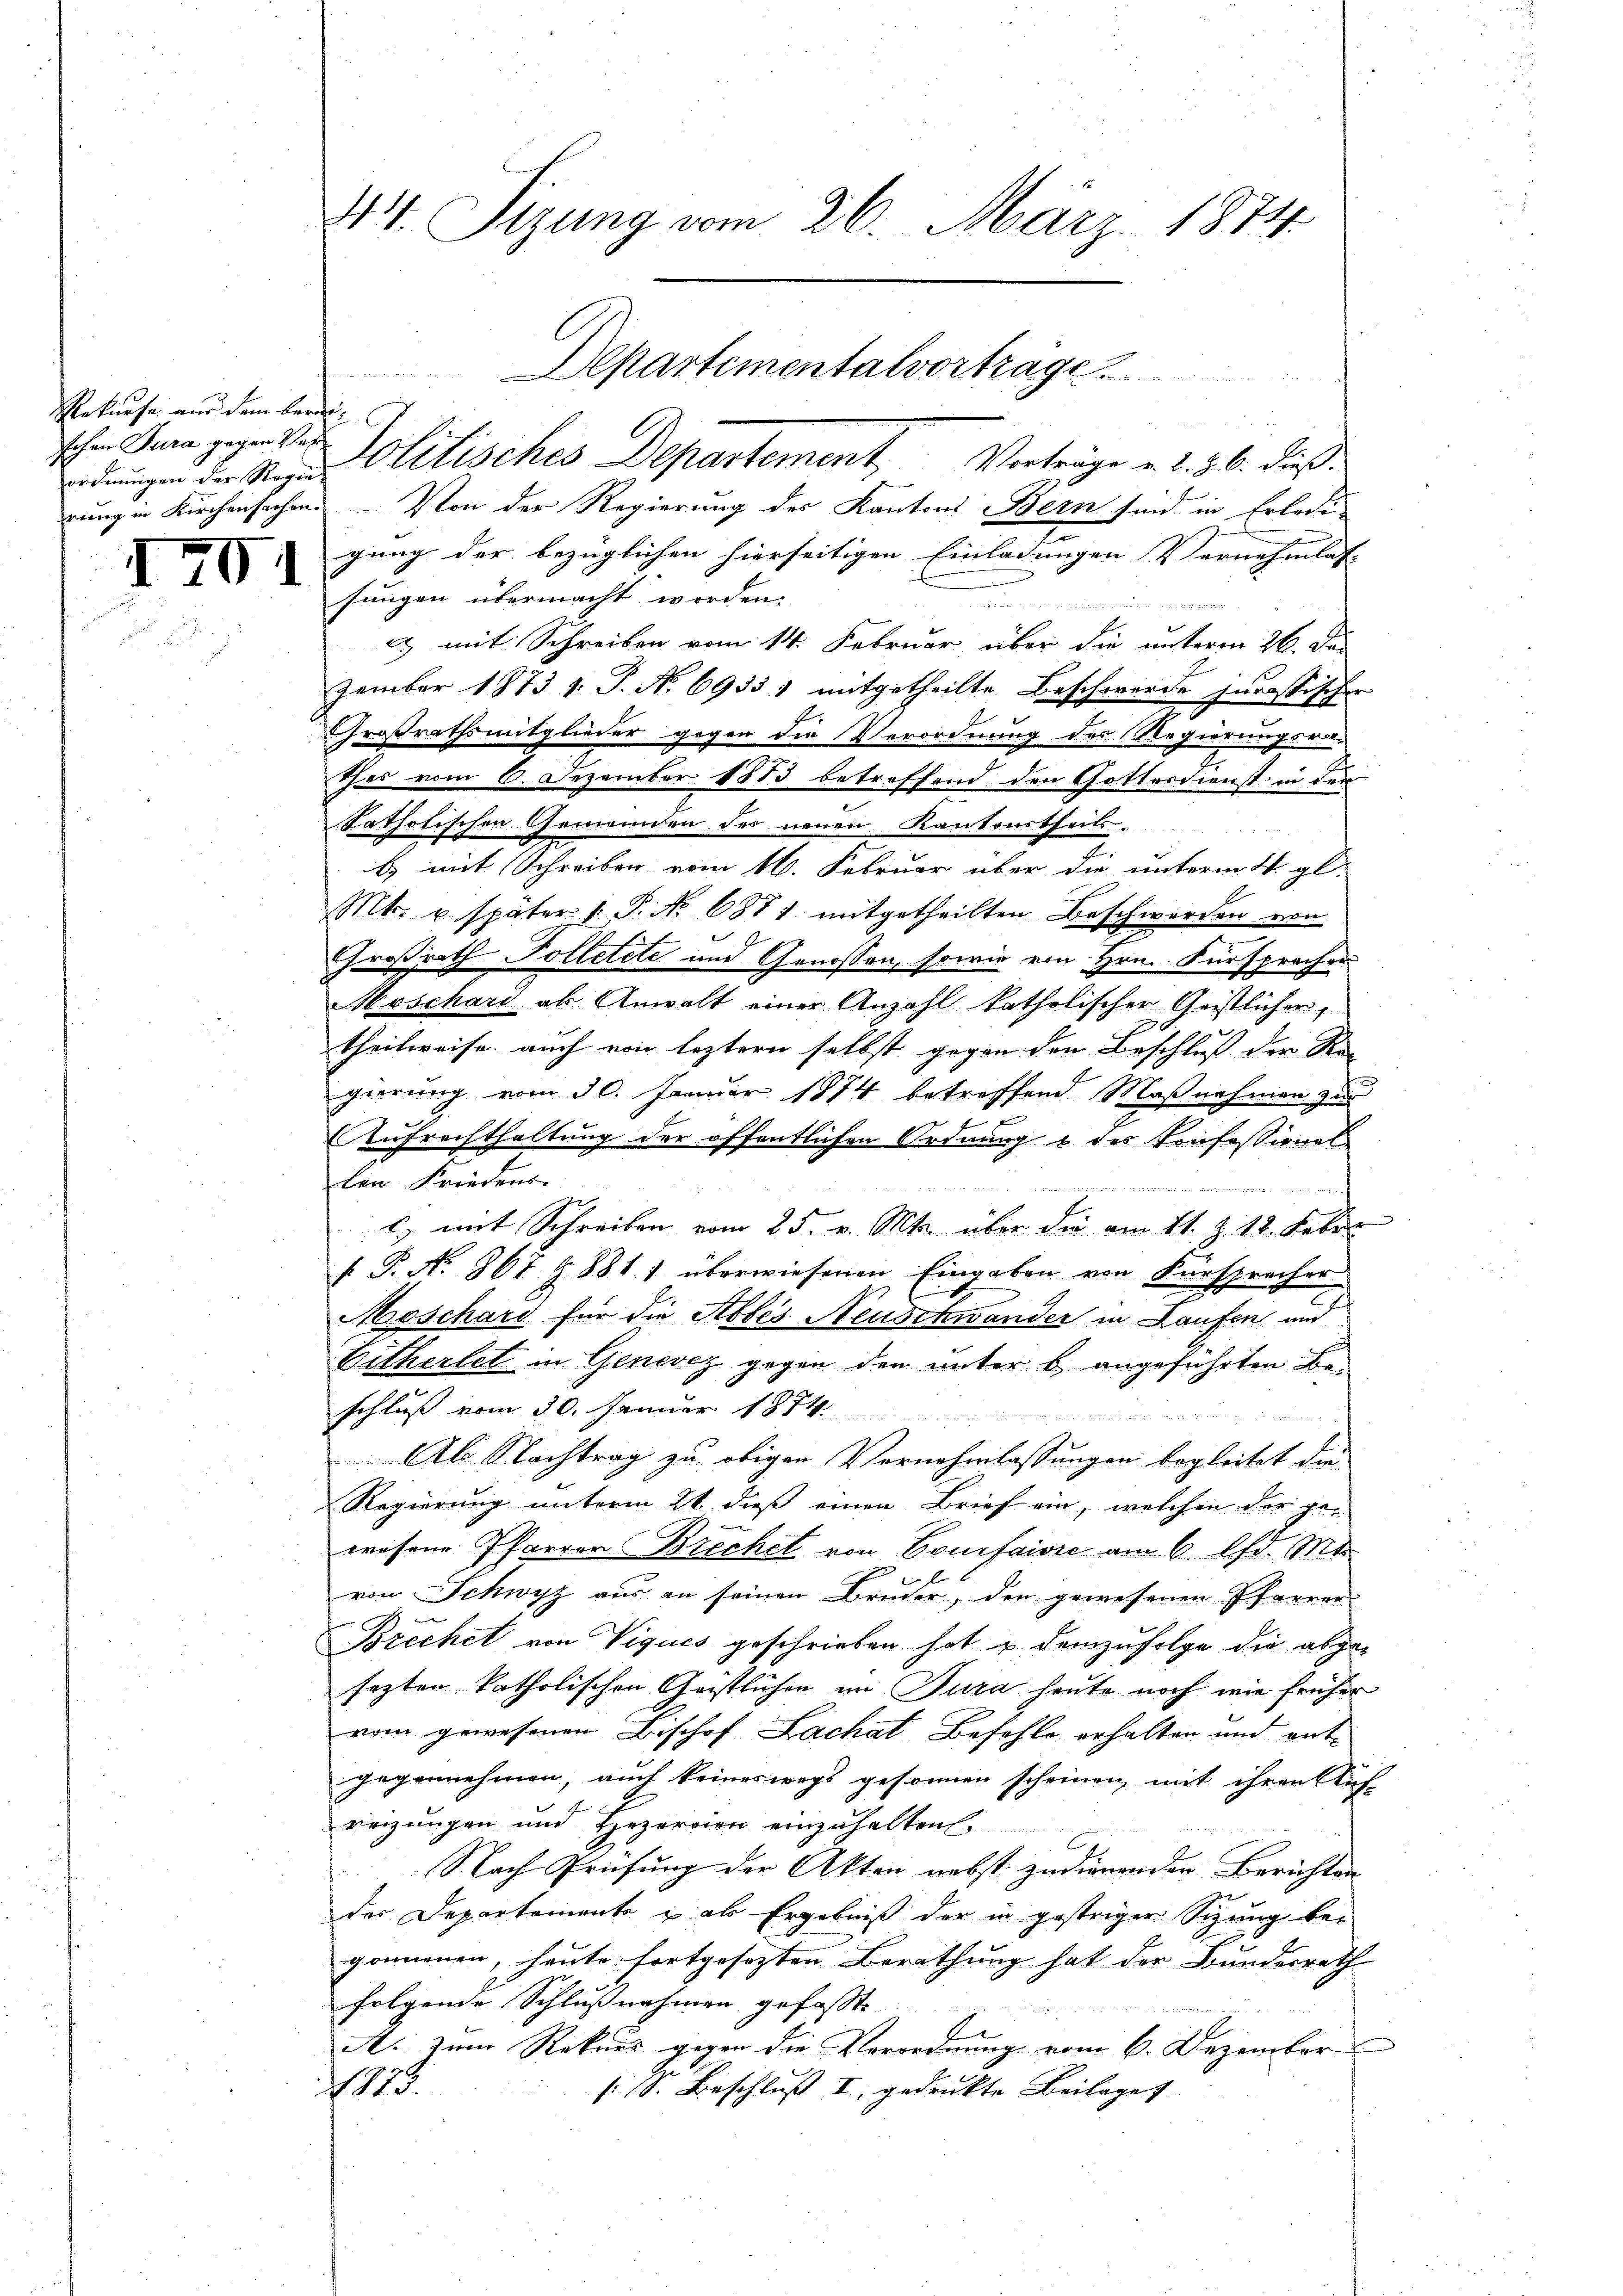
Rekurse aus dem berei¬
Johen Pura gegen Verordnungen der Regie-

1

14. Tizung vom 26. März 1874.

Politisches Departement, Verträge u. 2. 30. dieß
rung in Kirchensachen. Von der Regierung des Kantons Bern sind in Erledi-
gung der bezüglichen hierseitigen Einladungen Vernehmlas-
sungen übermacht worden.
  in ge
e) mit Schreiben vom 14. Februar, über die unterm 26. Da
zember 1873 1. J. No 6933 1 mitgetheilte Beschwerde jurassischer
Großrathsmitglieder gegen die Verordnung des Regierungsra
thes vom 6. Dezember 1883 betreffend den Gottesdienst in den
katholischen Gemeinden der neuen Kantonstheils-
8
b. mit Schreiben vom 16. Februar über die unterm 4. gl.
Mts. u. später 1. P. No 6871 mitgetheilten Beschwerden von
Großrath Tolletete und Genossen, sowie von Hrn. Fürsprachen
Meschard ab Anwalt einer Anzahl katholischer Geistlicher,
theilweise auch von leztern selbst gegen den Beschluß der Re-
gierung vom 30. Januar 1874 betreffend Maßnahmen zum
Aufrechthaltung der öffentlichen Ordnung & des Konfessionel
len Friedens.
th      244
c., mit Schreiben vom 25. v. Mts. über die am 11. Z. 12. Febr.
/. P. Nr. 867 Z. 881 1 überwiesenen Eingaben von Fürsprecher
Moschard für die Abtes Neuschwander in Laufen und
Eitherlet in Genevez gegen den unter b) angeführten Beschluß vom 30. Januar 1874.
Als Nachtrag zu obigen Vernehmlassungen begleitet die
Regierung unterm 21. dieß einen Brief ein, welchen der gewesene Pfarrer Brechet von Bourfaivre am 6. d. Mt
von Schwyz aus an seinen Bruder, den gewesenen Pfarrer-
Brechet von Viques geschrieben hat u demzufolge die abgesagten katholischen Geistlichen im Jura heute noch wie früher
vom gewesenen Bischof Lachat Befehle erhalten und entgegennehmen, auch keineswegs gesonnen scheinen, mit ihren Auf-
reizungen und Heporcion einzuhalten.
Nach Prüfung der Akten nebst zudienenden Berichten
der Departemente u als Ergebniß der in gestriger Sizung be-
gonnenen, heute fortgesezten Berathung hat der Bundesrath
folgende Schlußnahmen gefaßte
A. zum Rekurs gegen die Verordnung vom 6. Dezember
1875.
s: S. Beschluß I gedruckte Beilage

Departementalvorträge.